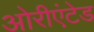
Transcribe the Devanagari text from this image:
ओरीएंटेड